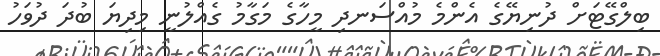
ބިލްގޭޓަށް ދުނިޔޭގެ އެންމެ މުއްސަނދި މީހާގެ މަގާމު ގެއްލުނީ މިދިޔަ ބުދަ ދުވަހު